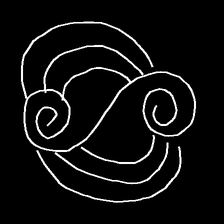
Glyph: wind-underfoot